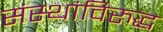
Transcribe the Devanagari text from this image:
संस्थांविरुद्ध